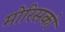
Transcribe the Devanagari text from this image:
मोरिसको